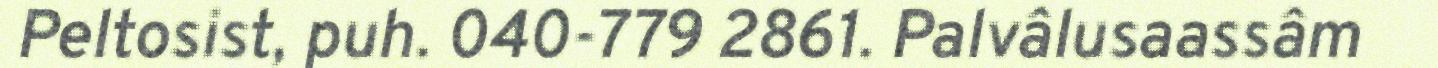
Peltosist, puh. 040-779 2861. Palvâlusaassâm